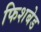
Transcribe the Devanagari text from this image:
फिशबेड